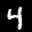
Label: 4